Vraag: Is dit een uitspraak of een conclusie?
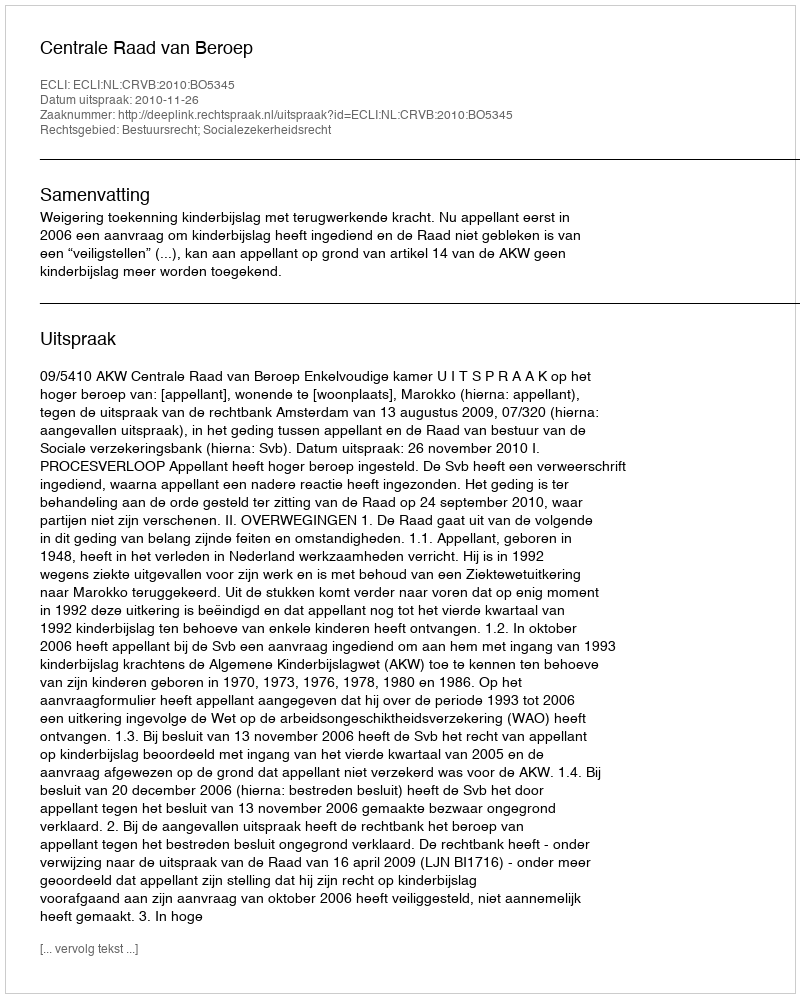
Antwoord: Uitspraak